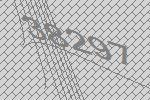
38297